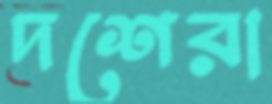
দশেরা